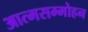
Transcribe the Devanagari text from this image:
आत्मसम्मोहन